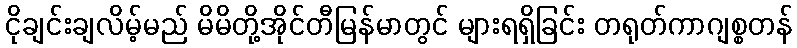
ငိုချင်းချလိမ့်မည် မိမိတို့အိုင်တီမြန်မာတွင် များရရှိခြင်း တရုတ်ကာဂျစ္စတန်